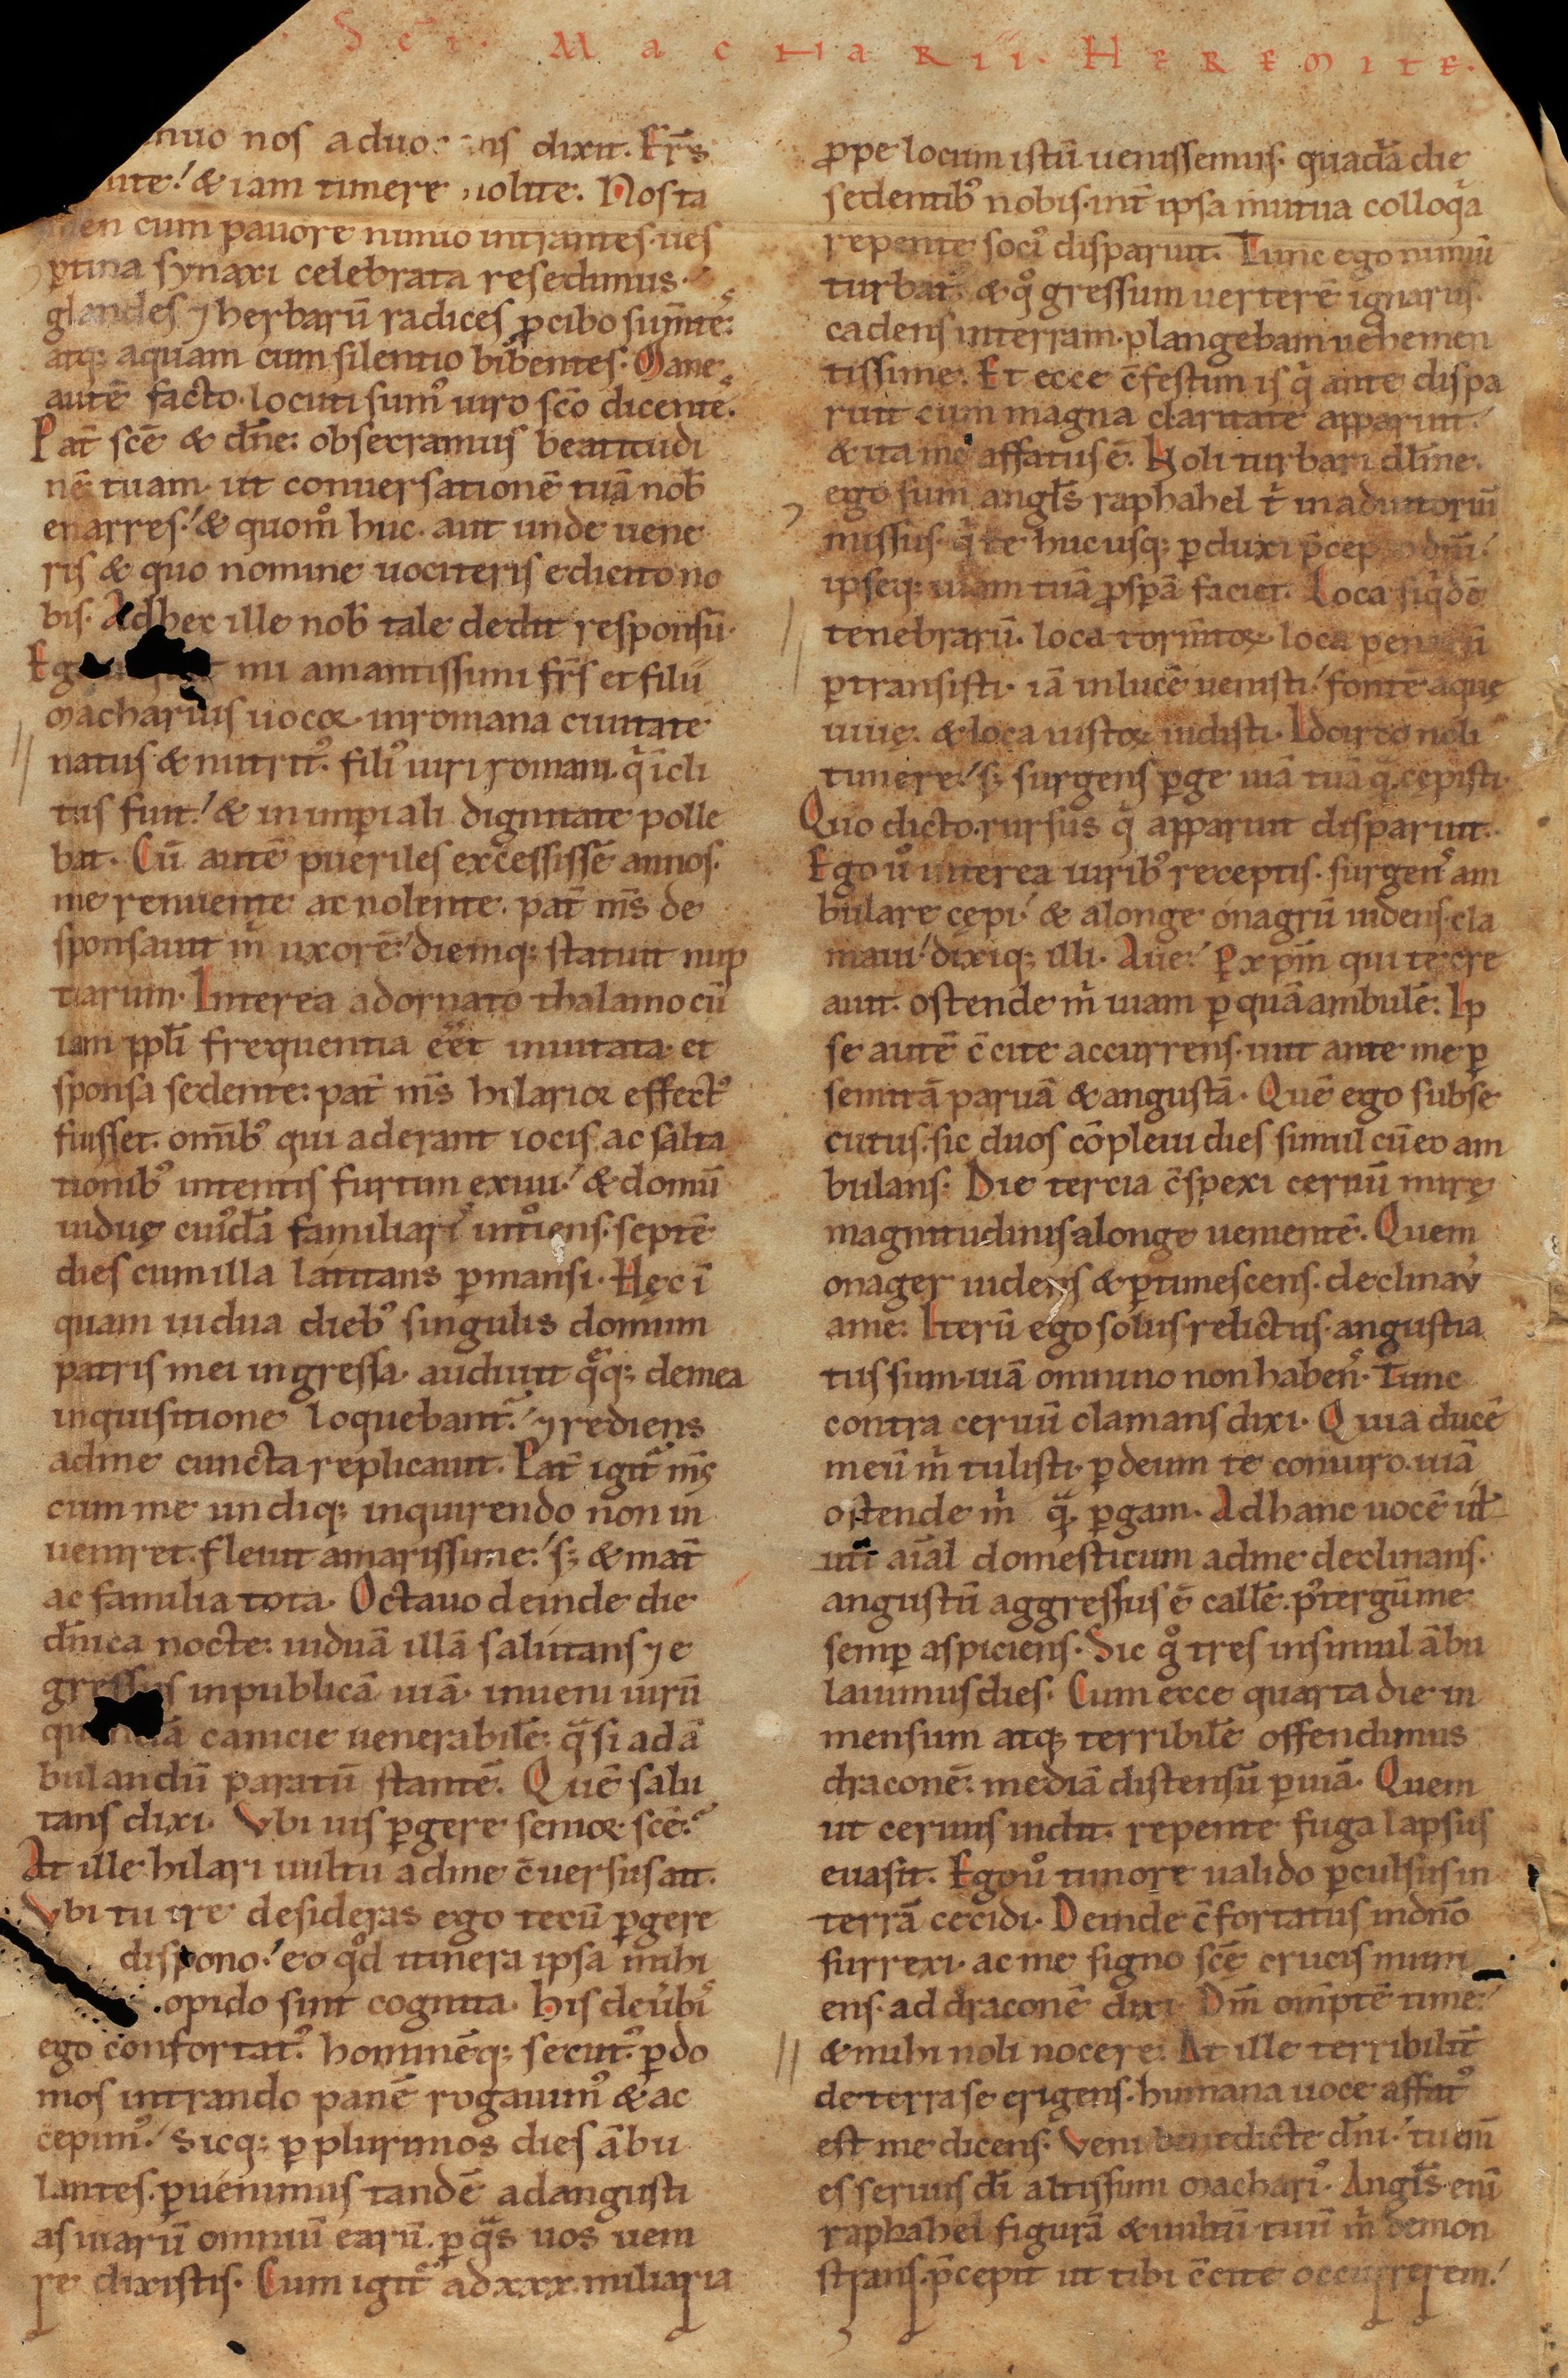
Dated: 1140–1170